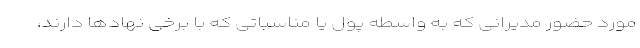
مورد حضور مدیرانی که به واسطه پول یا مناسباتی که با برخی نهادها دارند،